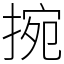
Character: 捥